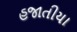
હજાતીયા